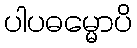
ပါပဓမ္မောပိ